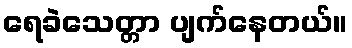
ရေခဲသေတ္တာ ပျက်နေတယ်။